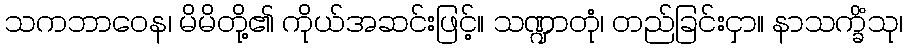
သကဘာဝေန၊ မိမိတို့၏ ကိုယ်အဆင်းဖြင့်။ သဏ္ဍာတုံ၊ တည်ခြင်းငှာ။ နာသက္ခိံသု၊